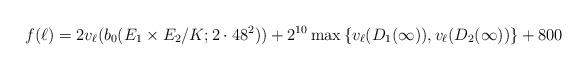
LaTeX: \begin{align*}f(\ell)=2v_\ell(b_0(E_1 \times E_2/K;2\cdot 48^2))+2^{10} \max\left\{v_\ell(D_1(\infty)),v_\ell(D_2(\infty)) \right\}+800\end{align*}